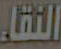
النقاء